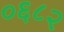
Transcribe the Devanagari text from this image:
०६८२